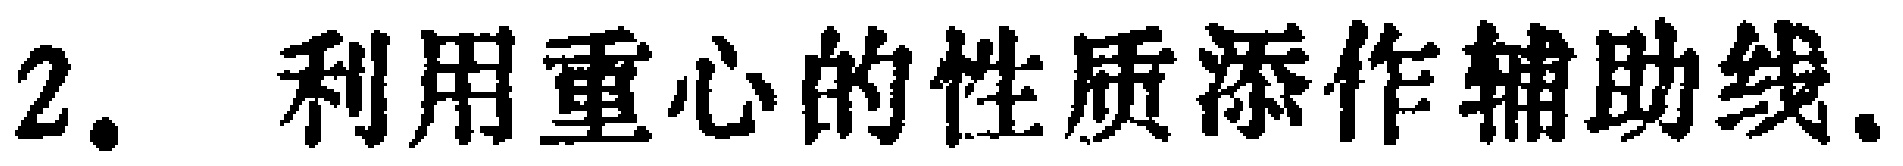
2. 利用重心的性质添作辅助线.